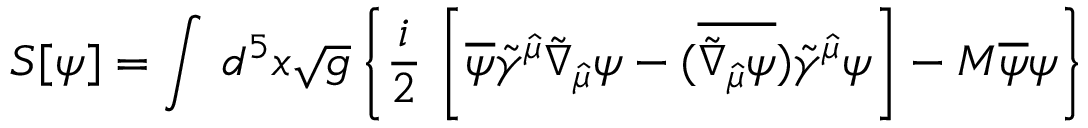
{ \cal S } [ \psi ] = \int \, d ^ { 5 } x \sqrt { g } \left\{ \frac { i } { 2 } \, \left[ \overline { { { \psi } } } \tilde { \gamma } ^ { \hat { \mu } } \tilde { \nabla } _ { \hat { \mu } } \psi - ( \overline { { { \tilde { \nabla } _ { \hat { \mu } } \psi } } } ) \tilde { \gamma } ^ { \hat { \mu } } \psi \right] - M \overline { { { \psi } } } \psi \right\}